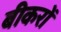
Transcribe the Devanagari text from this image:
बीकरों